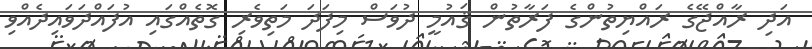
އަދި ރާއްޖޭގެ ރައްޔިތުންގެ ފަރާތުން ޤައުމީ ދުވަސް މިފަދަ މަތިވެރި ގޮތެއްގައި އުފައްދަވައިދެއްވި